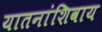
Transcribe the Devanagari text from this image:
यातनांशिवाय